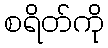
စရိတ်ကို